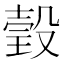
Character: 瑴